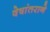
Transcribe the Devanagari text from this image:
वेषांतराने